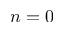
n = 0